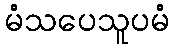
မံသပေသူပမံ